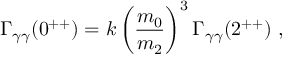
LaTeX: \Gamma _ { \gamma \gamma } ( 0 ^ { + + } ) = k \left( \frac { m _ { 0 } } { m _ { 2 } } \right) ^ { 3 } \Gamma _ { \gamma \gamma } ( 2 ^ { + + } ) \ ,